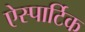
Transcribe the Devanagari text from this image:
ऐस्पार्टिक